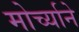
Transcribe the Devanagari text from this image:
मोर्च्याने